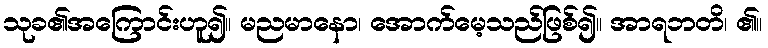
သုခ၏အကြောင်းဟူ၍။ မညမာနော၊ အောက်မေ့သည်ဖြစ်၍။ အာရဘတိ၊ ၏။